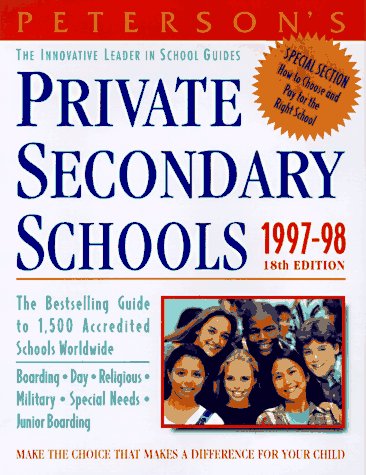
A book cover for Peterson's Private Secondary Schools 1997-98; Peterson's Guides; Test Preparation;